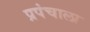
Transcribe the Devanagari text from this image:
प्रपंचाला